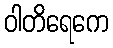
ဝါတိရေကေ